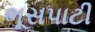
ભૂસપાટી